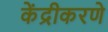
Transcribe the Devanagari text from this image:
केंद्रीकरणे